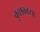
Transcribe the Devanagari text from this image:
कृशकाया